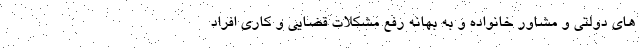
های دولتی و مشاور خانواده و به بهانه رفع مشکلات قضایی و کاری افراد